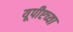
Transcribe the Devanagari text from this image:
यूपीएच्या